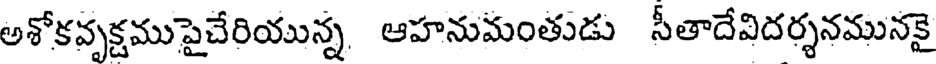
అశోకవృక్షముపైచేరియున్న ఆహనుమంతుడు సీతాదేవిదర్శనమునకై